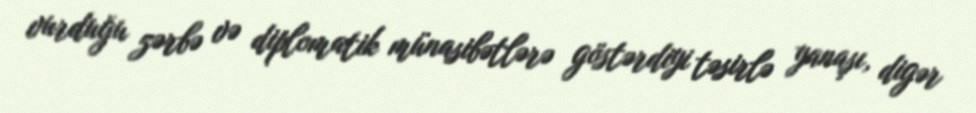
vurduğu zərbə və diplomatik münasibətlərə göstərdiyi təsirlə yanaşı, digər